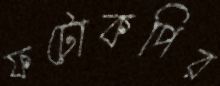
ফটোকপির